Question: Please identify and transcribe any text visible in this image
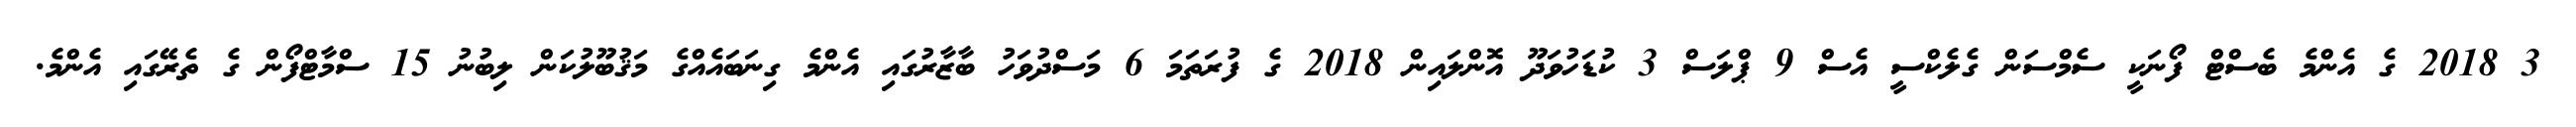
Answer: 3 2018 ގެ އެންމެ ބެސްޓް ފޯނަކީ ސެމްސަން ގެލެކްސީ އެސް 9 ޕްލަސް 3 ކުޑަހުވަދޫ އޮންލައިން 2018 ގެ ފުރަތަމަ 6 މަސްދުވަހު ބާޒާރުގައި އެންމެ ގިނަބައެއްގެ މަޤުބޫލުކަން ލިބުނު 15 ސްމާޓްފޯން ގެ ތެރޭގައި އެންމެ.